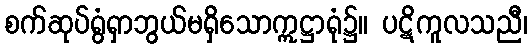
စက်ဆုပ်ရွံရှာဘွယ်မရှိသောဣဋ္ဌာရုံ၌။ ပဋိကူလသညီ၊